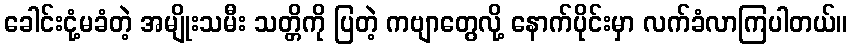
ခေါင်းငုံ့မခံတဲ့ အမျိုးသမီး သတ္တိကို ပြတဲ့ ကဗျာတွေလို့ နောက်ပိုင်းမှာ လက်ခံလာကြပါတယ်။